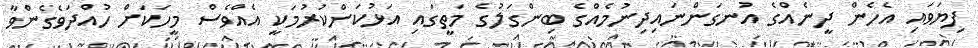
ފިޔަވައި އެހެން ދީނެއްގެ އުނގަންނައިދިނުމެއްގެ ބިންގަލުގެ މަތީގައި އަޅުކަންކުރުމަކީ އެއްވެސް މީހަކަށް ހުއްދަވެގެންވާ